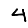
Digit: 4